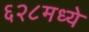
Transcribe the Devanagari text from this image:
६२८मध्ये